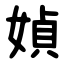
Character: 媜